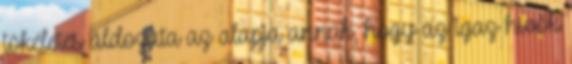
tökéletes áldozata az alapja annak, hogy az igaz hívők